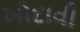
ખોદાવી